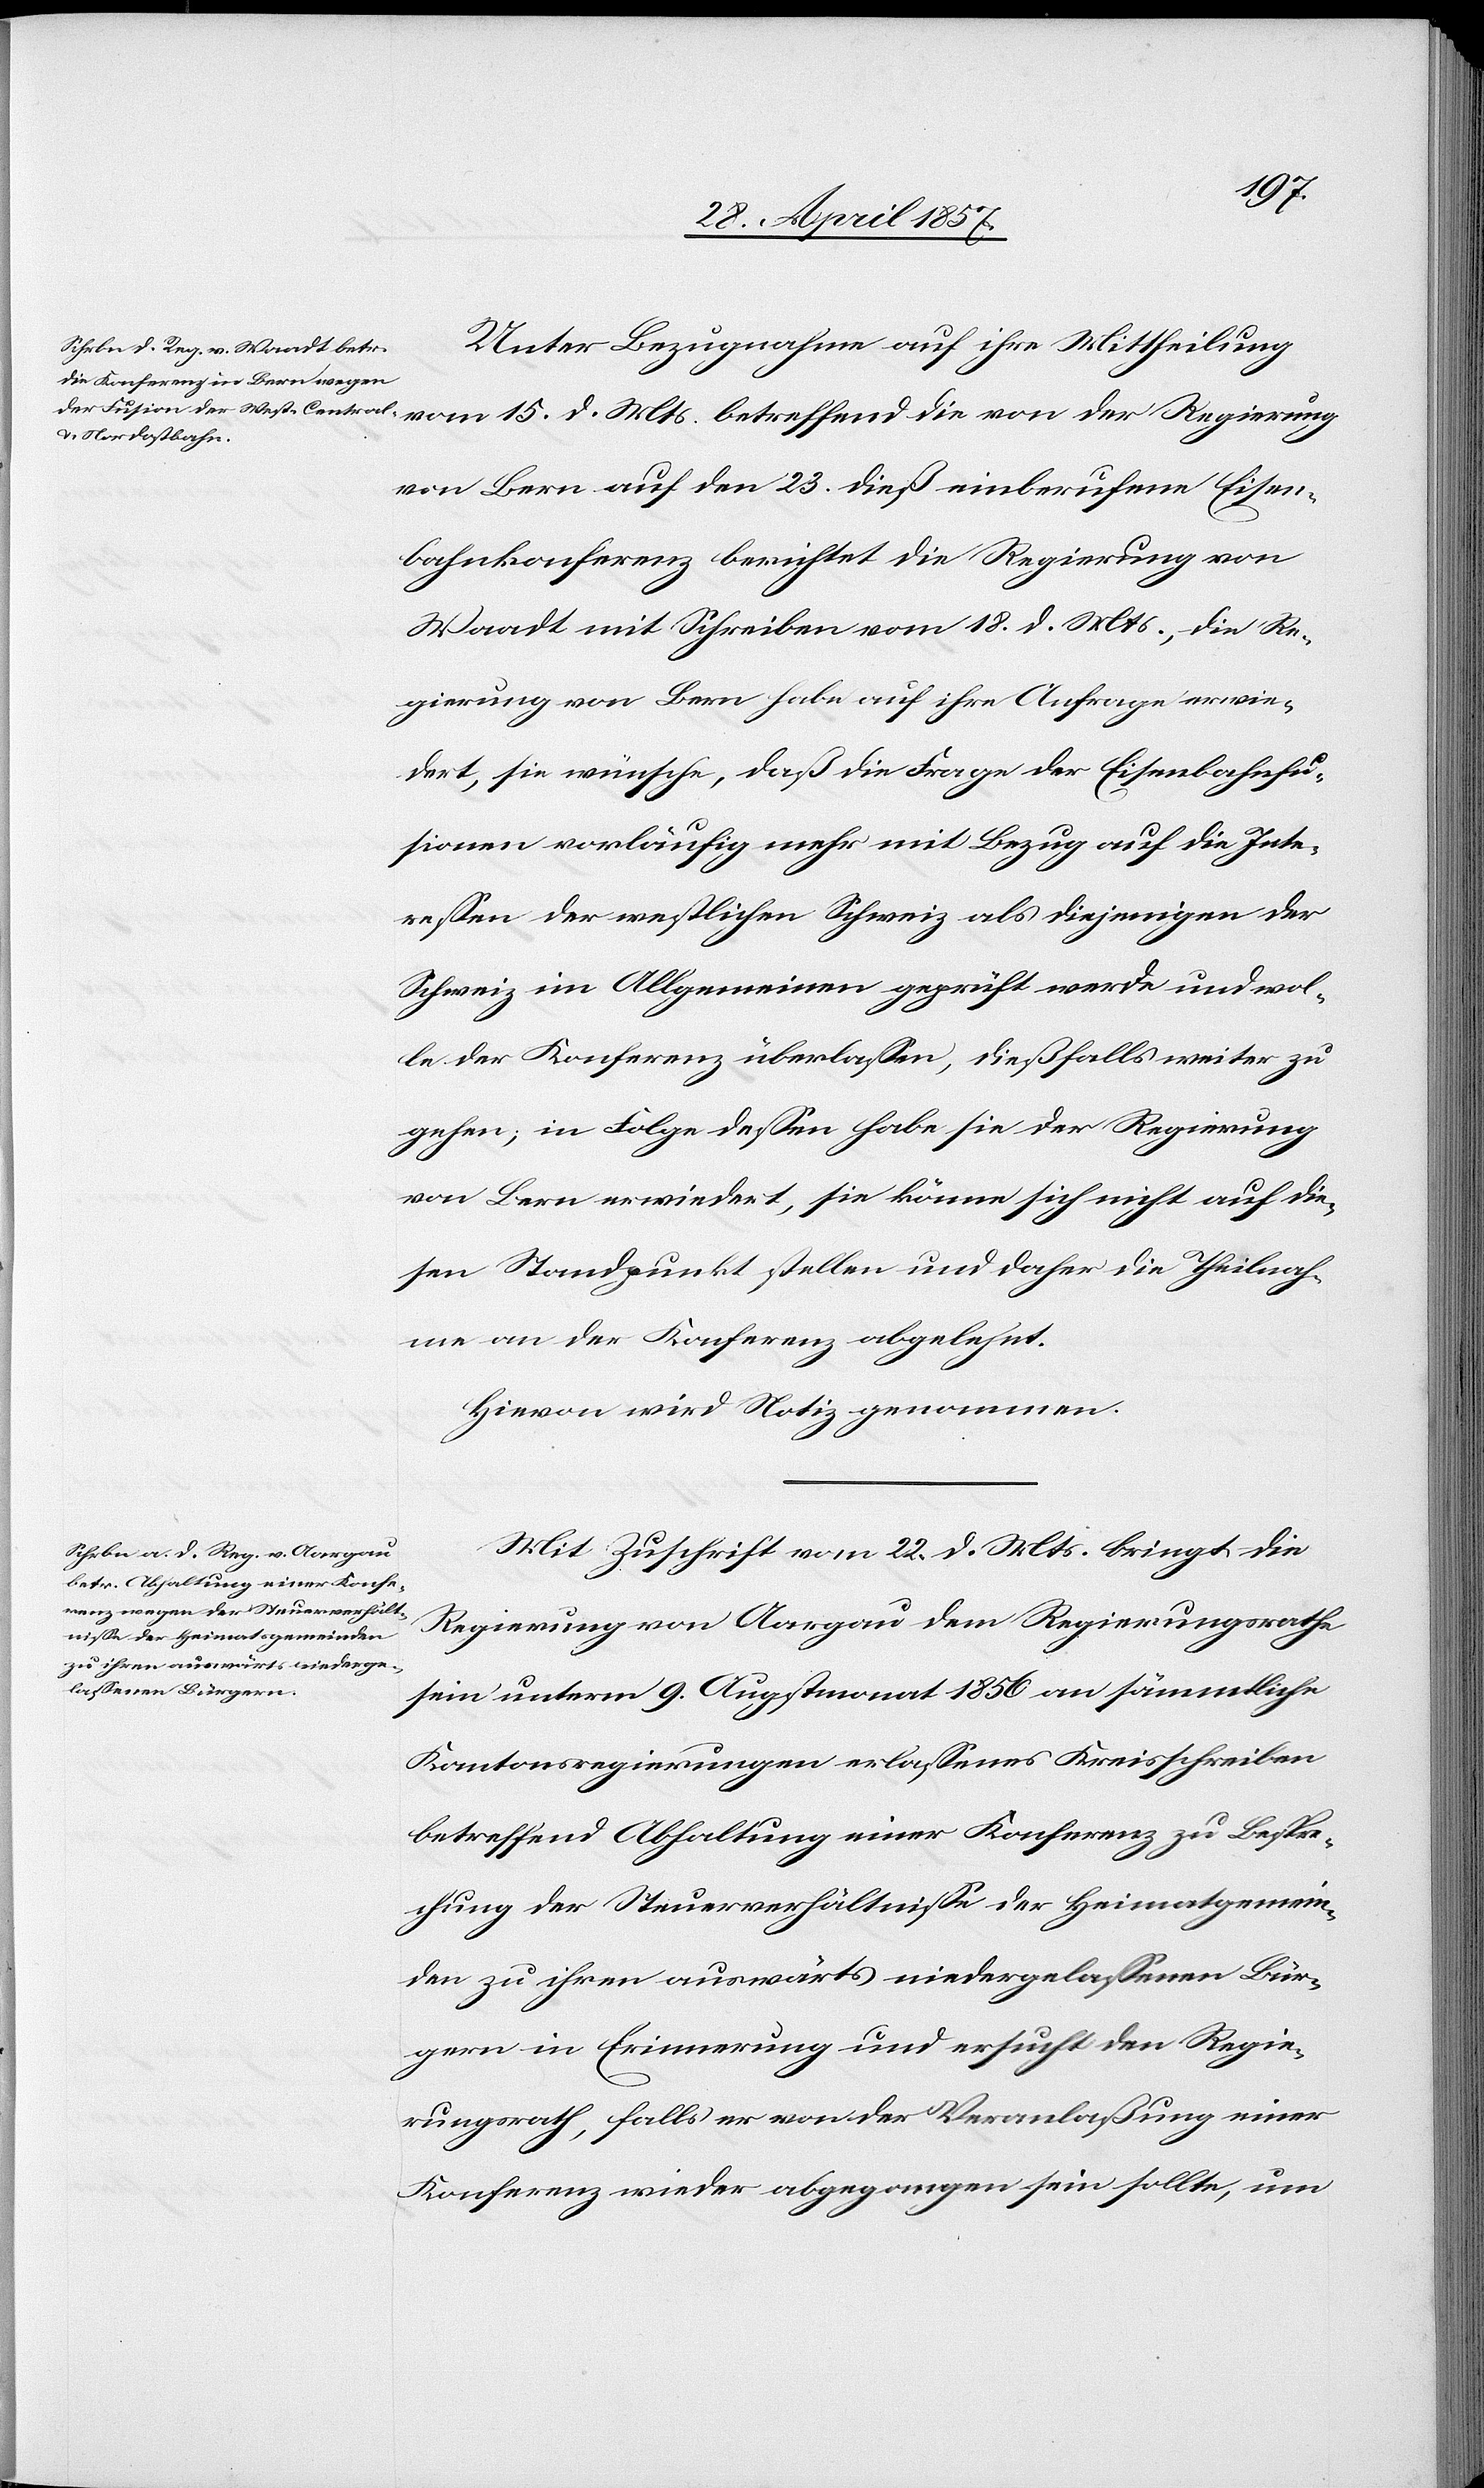
15
Unter Bezugnahme auf ihre Mittheilung
von Bern auf den 23 dieß einberufene Eisen¬
bahnkonferenz berichtet die Regierung von
Waadt mit Schreiben vom 18 d. Mts., die Re¬
gierung von Bern habe auf ihre Anfrage erwie¬
dert, sie wünsche, daß die Frage der Eisenbahnfu¬
sionen vorläufig mehr mit Bezug auf die Inte¬
reßen der westlichen Schweiz als diejenigen der
Schweiz im Allgemeinen geprüft werde und wol¬
le der Konferenz überlaßen, dießfalls weiter zu
gehen; in Folge deßen habe sie der Regierung
von Bern erwiedert, sie könne sich nicht auf die¬
sen Standpunkt stellen und daher die Theilnah¬
me an der Konferenz abgelehnt.
Hievon wird Notiz genommen.
Mit Zuschrift vom 22 d. Mts. bringt die
Regierung von Aargau dem Regierungsrathe
sein unterm 9 Augstmonat 1856 an sämmtliche
Kantonsregierungen erlaßenes Kreisschreiben
betreffend Abhaltung einer Konferenz zu Bespre¬
chung der Steuerverhältniße der Heimatgemein¬
den zu ihren auswärts niedergelaßenen Bür¬
gern in Erinnerung und ersucht den Regie¬
rungsrath, falls er von der Veranlaßung einer
Konferenz wieder abgegangen sein sollte, um